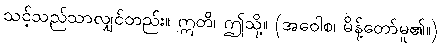
သင့်သည်သာလျှင်တည်း။ ဣတိ၊ ဤသို့။ (အဝေါစ၊ မိန့်တော်မူ၏။)